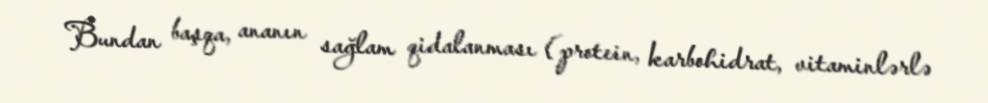
Bundan başqa, ananın sağlam qidalanması (protein, karbohidrat, vitaminlərlə